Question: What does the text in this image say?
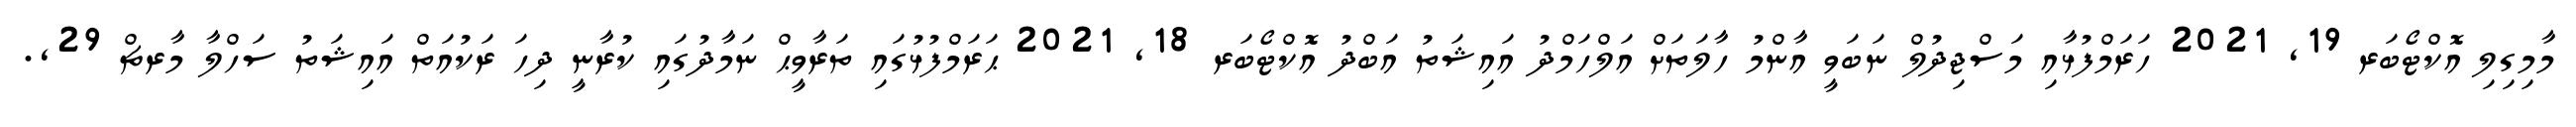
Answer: މާމިގިލި އޮކްޓޯބަރ 19, 2021 ހަރަމްފުޅާއި މަސްޖިދުލް ނަބަވީ އާންމު ހާލަތަށް އަލްހަމްދު އައިޝަތު އަބްދު އޮކްޓޯބަރ 18, 2021 ޙަރަމްފުޅުގައި ތަރާވީޙް ނަމާދުގައި ކުރާނީ ދިހަ ރަކުއަތް އައިޝަތު ސަހްލާ މާރޗް 29,.